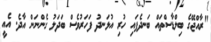
"ރާއްޖޭގެ ބިލްޑާސްތައް ބަނދެފައި ހުރި އުޅަނދު ފަހަރުވެސް ބަދަލު ގެންނަން އާދެ. އެއީ